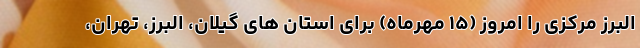
البرز مرکزی را امروز (۱۵ مهرماه) برای استان های گیلان، البرز، تهران،